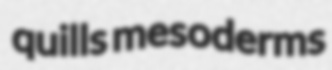
quills mesoderms